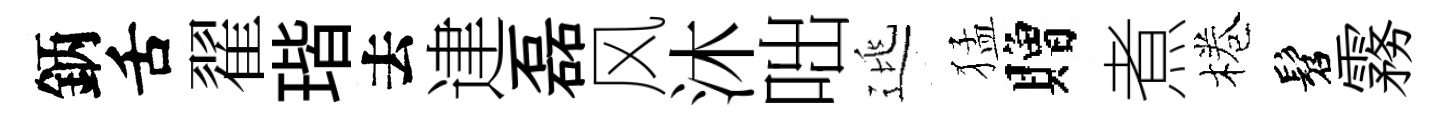
鈵舌翟瑎去䢖磊风沐咄逃猛贈煮棬髫霧